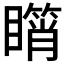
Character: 𥋘